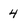
Character: 4